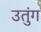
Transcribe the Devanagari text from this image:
उतुंग